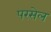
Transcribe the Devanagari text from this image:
परसेल